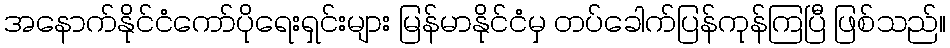
အနောက်နိုင်ငံကော်ပိုရေးရှင်းများ မြန်မာနိုင်ငံမှ တပ်ခေါက်ပြန်ကုန်ကြပြီ ဖြစ်သည်။